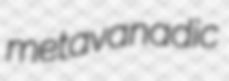
metavanadic